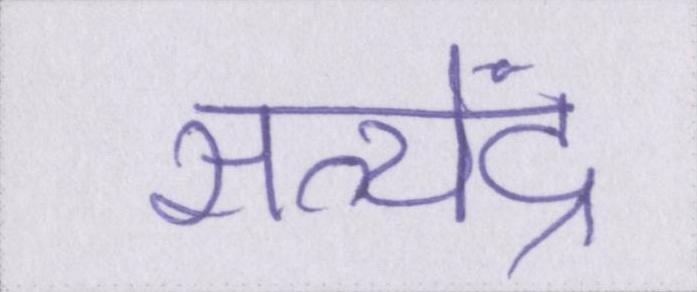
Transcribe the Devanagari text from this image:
सत्येंद्र